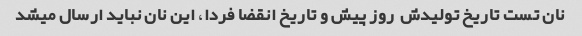
نان تست تاریخ تولیدش  روز پیش و تاریخ انقضا فردا، این نان نباید ارسال میشد